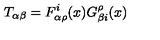
T _ { \alpha \beta } = F _ { \alpha \rho } ^ { i } ( x ) G _ { \beta i } ^ { \rho } ( x )